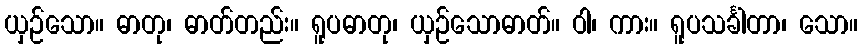
ယှဉ်သော။ ဓာတု၊ ဓာတ်တည်း။ ရူပဓာတု၊ ယှဉ်သောဓာတ်။ ဝါ၊ ကား။ ရူပသင်္ခါတာ၊ သော။